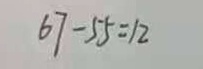
6 7 - 5 5 = 1 2